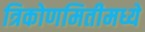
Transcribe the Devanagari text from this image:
त्रिकोणमितीमध्ये